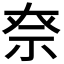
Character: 𥘾